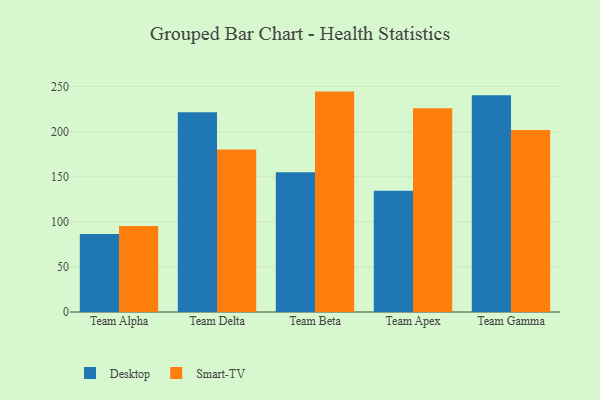
{"axis": {"x": "Team", "y": "Population (Million)"}, "legend": ["Desktop", "Smart-TV"], "data": [{"x": "Team Alpha", "y": 86.6, "type": "Desktop"}, {"x": "Team Alpha", "y": 95.3, "type": "Smart-TV"}, {"x": "Team Delta", "y": 221.5, "type": "Desktop"}, {"x": "Team Delta", "y": 180.3, "type": "Smart-TV"}, {"x": "Team Beta", "y": 155.0, "type": "Desktop"}, {"x": "Team Beta", "y": 244.5, "type": "Smart-TV"}, {"x": "Team Apex", "y": 134.4, "type": "Desktop"}, {"x": "Team Apex", "y": 226.1, "type": "Smart-TV"}, {"x": "Team Gamma", "y": 240.5, "type": "Desktop"}, {"x": "Team Gamma", "y": 201.8, "type": "Smart-TV"}]}